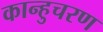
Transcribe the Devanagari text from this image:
कान्हुचरण